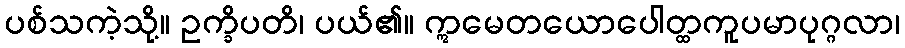
ပစ်သကဲ့သို့။ ဥက္ခိပတိ၊ ပယ်၏။ ဣမေတယောပေါတ္ထကူပမာပုဂ္ဂလာ၊